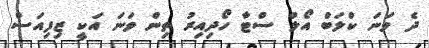
ދެ ވަނަ ކްލަބް އޯލް ސްޓާ ހޯދިއިރު ތިން ވަނަ އަކީ ޒިފިއަސް